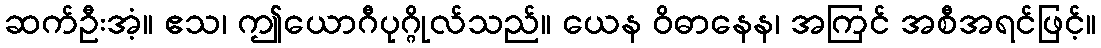
ဆက်ဦးအံ့။ ဧသ၊ ဤယောဂီပုဂ္ဂိုလ်သည်။ ယေန ဝိဓာနေန၊ အကြင် အစီအရင်ဖြင့်။